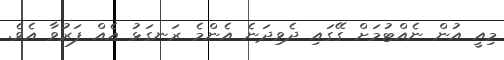
މިއީ އުން ނެއްޓުމަށް ގޭގައި ދެވިދަނެ އެންމެ ރަނގަޅު އެއް ފަރުވާ އެވެ.